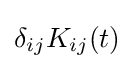
\delta _{ij}K_{ij}(t)